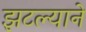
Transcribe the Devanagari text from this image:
झटल्याने